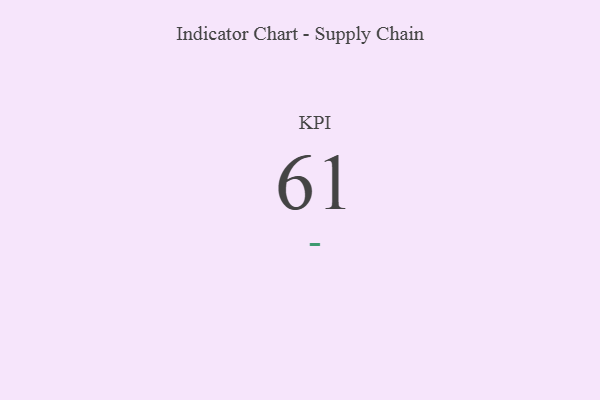
{"axis": {"x": "KPI", "y": "Value"}, "legend": [""], "data": [{"x": "KPI", "y": 61, "type": ""}]}